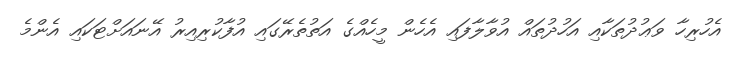
އެހުރިހާ ވަޢުދުތަކާއި އަހުދުތައް އުވާލާފައި އެހެން މީހެއްގެ އަތުތެރޭގައި އުފާކުރިއިރު އޭނައަށްޓަކައި އެންމެ